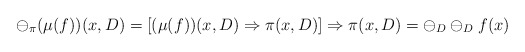
\begin{align*}\ominus_{\pi}(\mu(f))(x,D) =[(\mu(f))(x,D)\Rightarrow \pi(x,D)]\Rightarrow \pi(x,D)= \ominus_D \ominus_D f(x) \end{align*}